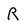
Character: R